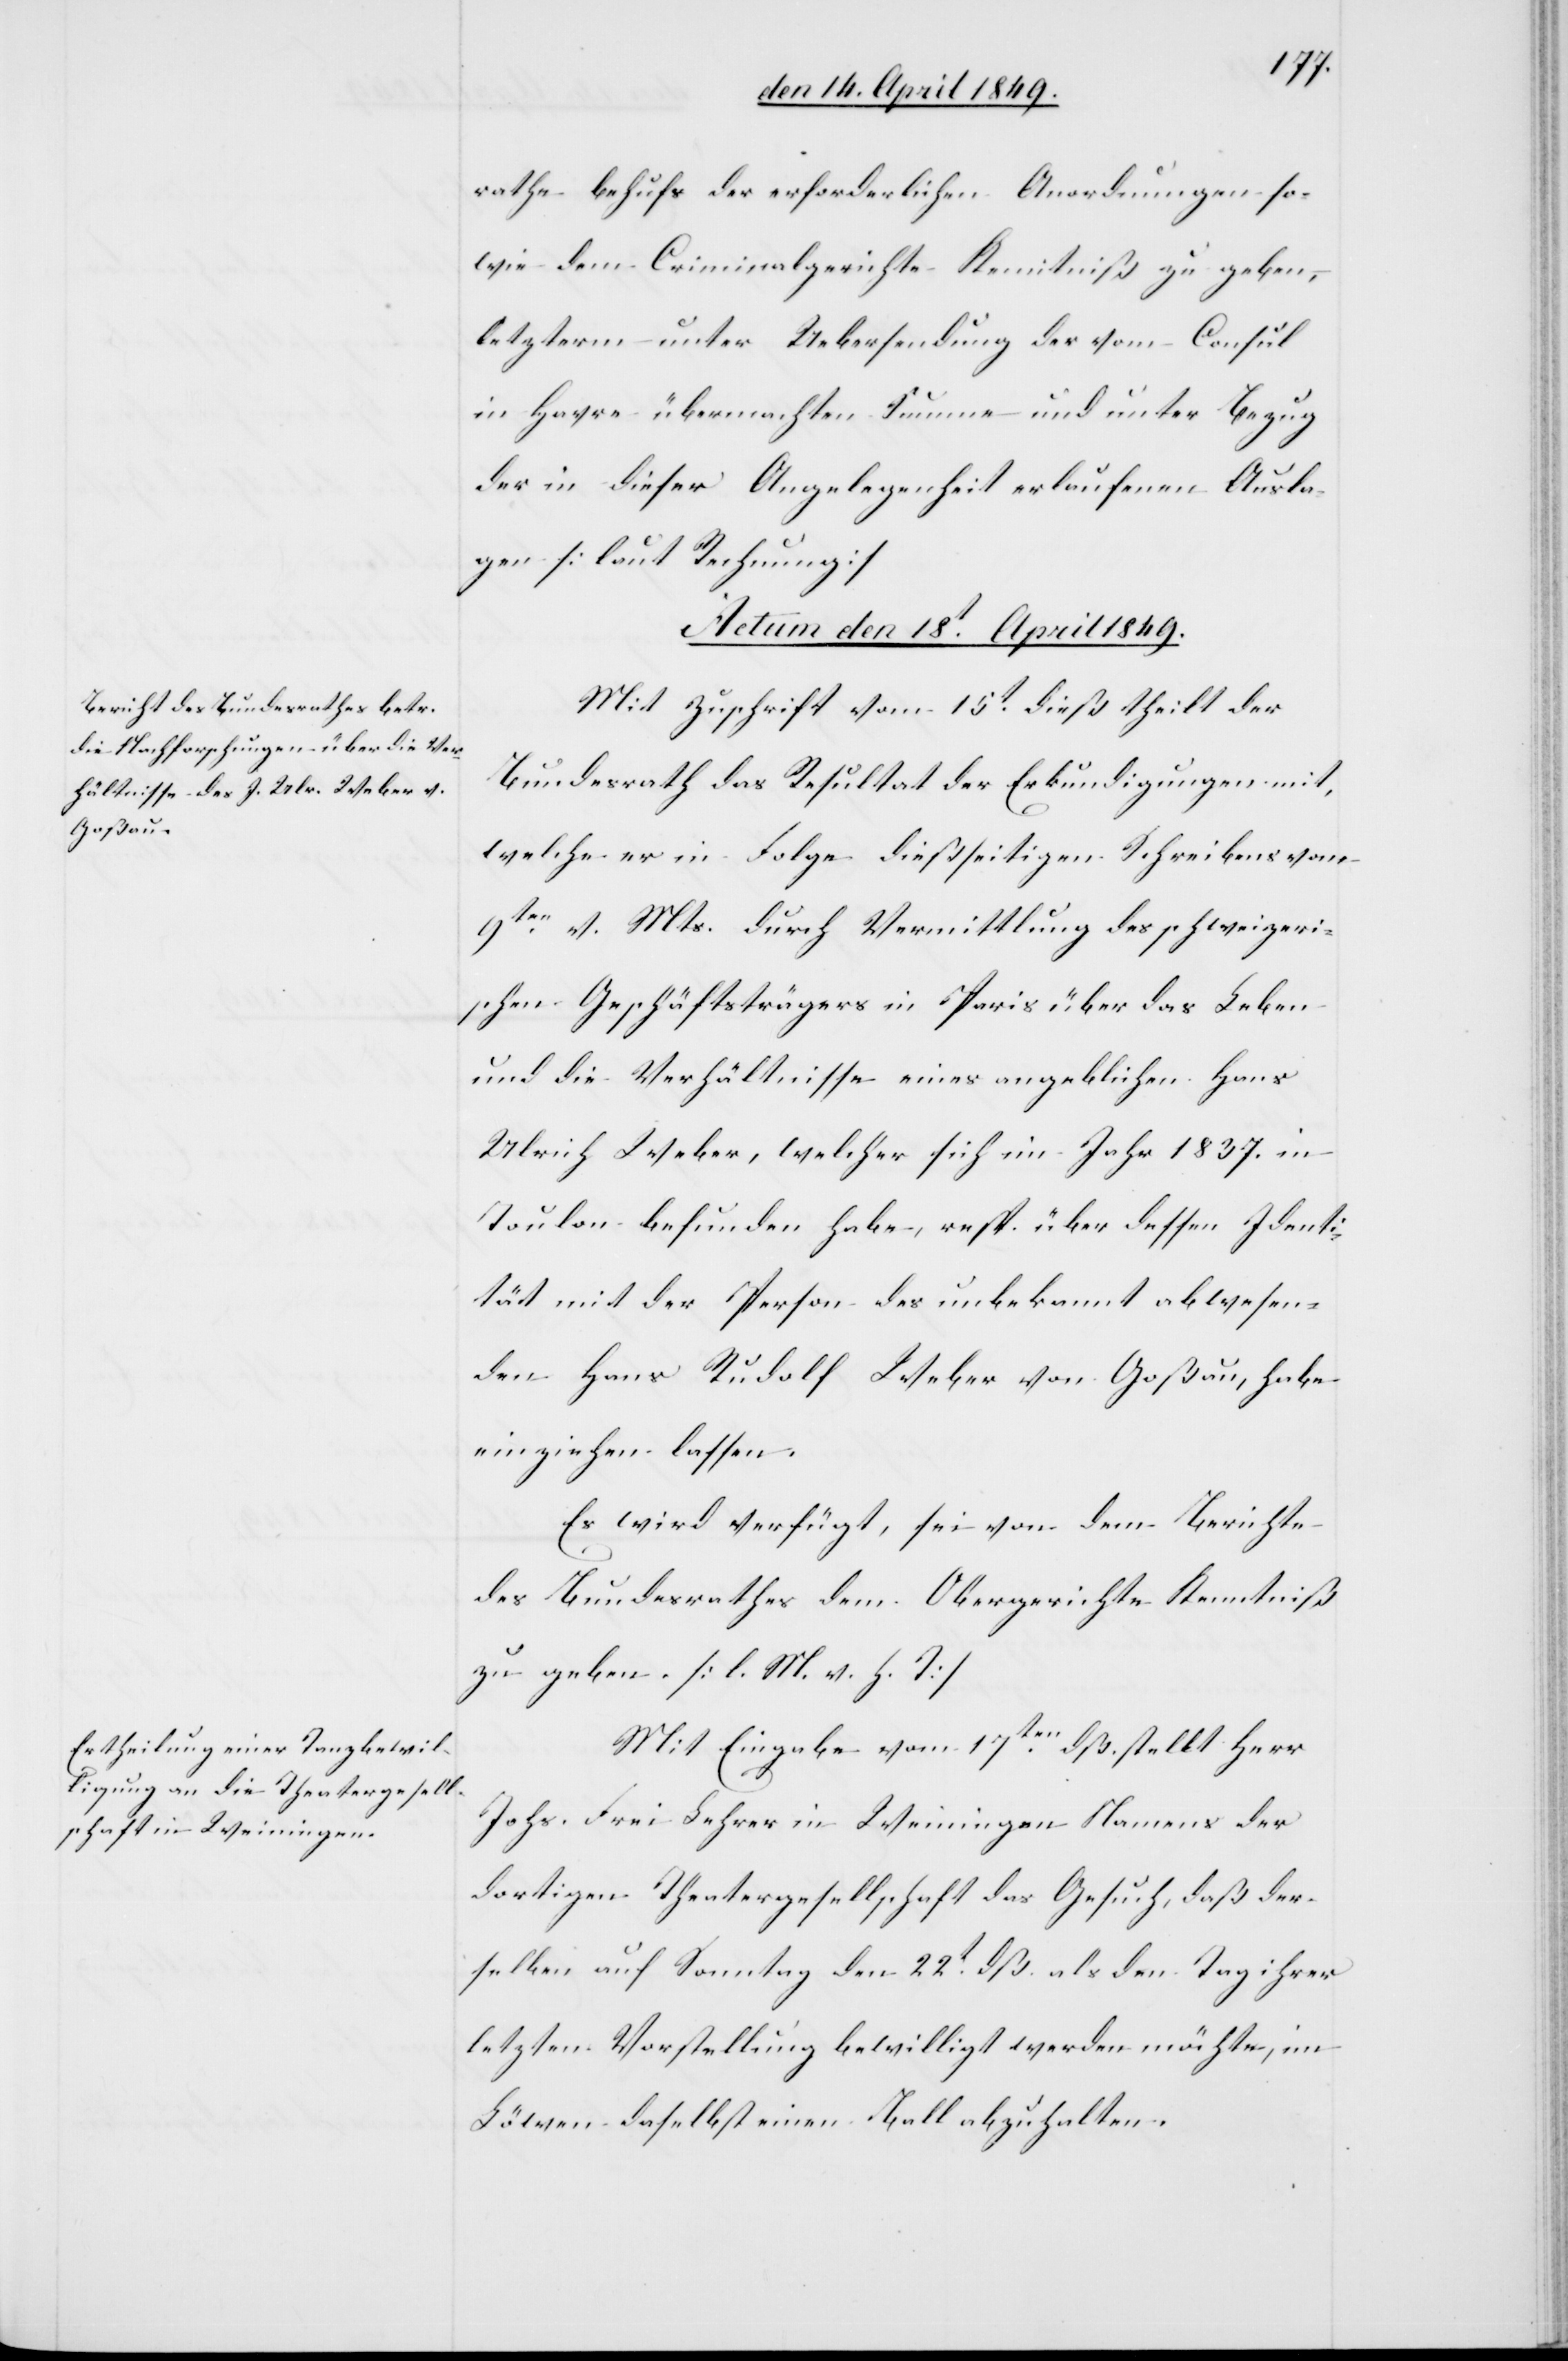
rathe behufs der erforderlichen Anordnungen so¬
wie dem Criminalgerichte Kenntniß zu geben,
letzterm unter Uebersendung der vom Consul
in Havre übermachten Summe und unter Bezug
der in dieser Angelegenheit erlaufenen Ausla¬
gen [laut Rechnung][.]
Actum den 18t April 1849.]
Mit Zuschrift vom 15t dieß theilt der
Bundesrath das Resultat der Erkundigungen mit,
welche er in Folge dießseitigen Schreibens vom
9ten v. Mts. durch Vermittlung des schweizeri¬
schen Geschäftsträgers in Paris über das Leben
und die Verhältnisse eines angeblichen Hans
Ulrich Weber, welcher sich im Jahr 1837. in
Toulon befunden habe, resp. über dessen Identi¬
tät mit der Person des unbekannt abwesen¬
den Hans Rudolf Weber von Goßau, habe
einziehen lassen.
Es wird verfügt, sei von dem Berichte
des Bundesrathes dem Obergerichte Kenntniß
zu geben. [l. M. h. T]
Mit Eingabe vom 17ten dß. stellt Herr
Johs. Frei Lehrer in Weiningen Namens der
dortigen Theatergesellschaft das Gesuch, daß der¬
selben auf Sonntag den 22t dß. als den Tag ihrer
letzten Vorstellung bewilligt werden möchte, im
Löwen daselbst einen Ball abzuhalten.